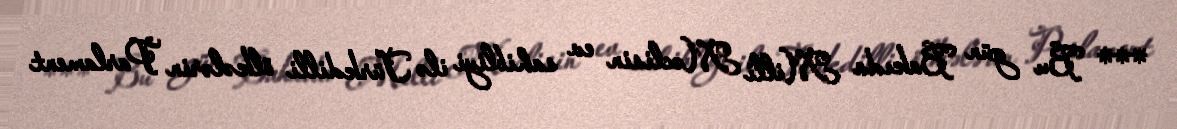
*** Bu gün Bakıda Milli Məclisin ev sahibliyi ilə Türkdilli ölkələrin Parlament